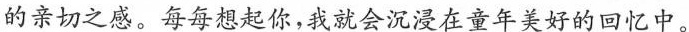
的亲切之感。每每想起你，我就会沉浸在童年美好的回忆中。